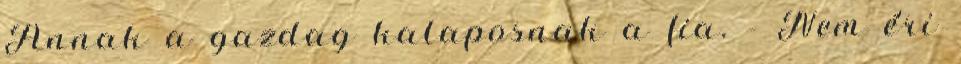
Annak a gazdag kalaposnak a fia. - Nem éri